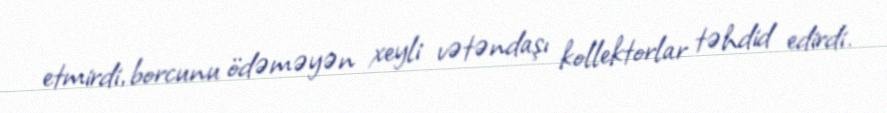
etmirdi, borcunu ödəməyən xeyli vətəndaşı kollektorlar təhdid edirdi.